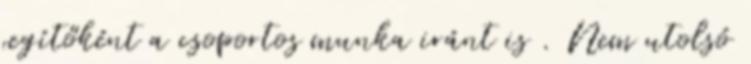
segítőként a csoportos munka iránt is . Nem utolsó